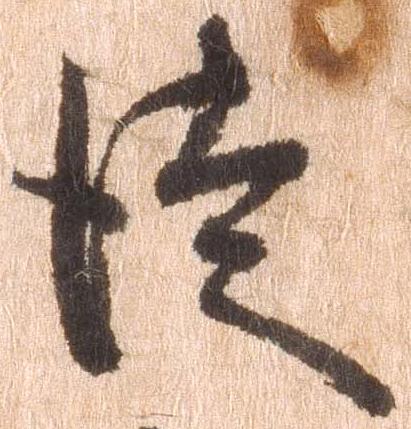
徒